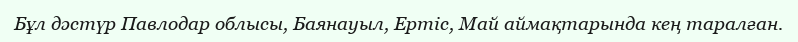
Бұл дәстүр Павлодар облысы, Баянауыл, Ертіс, Май аймақтарында кең таралған.